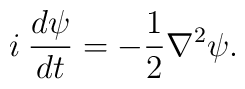
i\: \frac{d\psi}{dt} = -\frac{1}{2} \nabla^2 \psi.